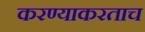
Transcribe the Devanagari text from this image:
करण्याकरताच